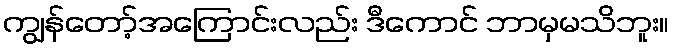
ကျွန်တော့်အကြောင်းလည်း ဒီကောင် ဘာမှမသိဘူး။